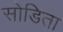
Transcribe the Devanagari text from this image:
सोडिता